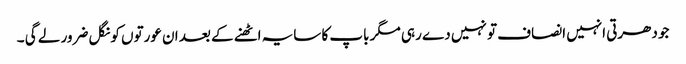
جو دھرتی انہیں انصاف تو نہیں دے رہی مگر باپ کا سایہ اٹھنے کے بعد ان عورتوں کو نگل ضرور لے گی ۔